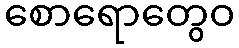
စောရောတွေဝ